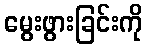
မွေးဖွားခြင်းကို